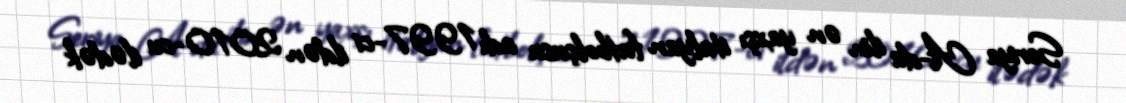
Seriya A-da ilin ən yaxşı italyan futbolçusu adı 1997-ci ildən 2010-cu ilədək